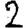
Digit: 2